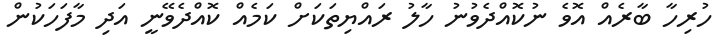
ހުރިހާ ބާރެއް އޮވެ ނުކޮއްދެވުނު ހާލު ރައްޔިތަކަށް ކަމެއް ކޮއްދެވޭނީ އަދި މާފަހަކުން